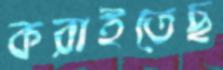
করাইতেছ